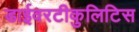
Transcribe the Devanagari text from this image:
डाईवरटीकुलिटिस